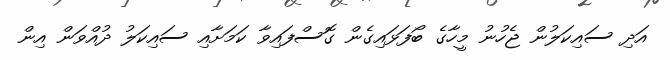
އަދި ސައިކަލުން ޖެހުނު މީހާގެ ބޯފަޅައިގެން ގޮސްފައިވާ ކަމަށާއި ސައިކަލު ދުއްވަން އިން